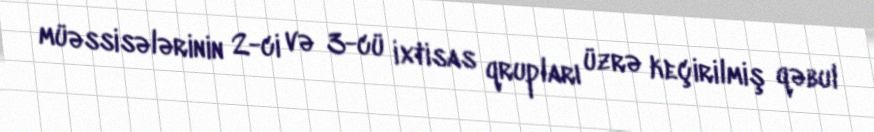
müəssisələrinin 2-ci və 3-cü ixtisas qrupları üzrə keçirilmiş qəbul